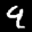
Label: 9